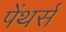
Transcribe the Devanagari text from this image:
पेंथर्स